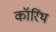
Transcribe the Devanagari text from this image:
कॉरिंथ